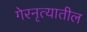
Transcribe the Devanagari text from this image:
गेरनृत्यातील